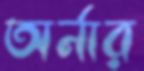
অর্নার